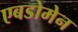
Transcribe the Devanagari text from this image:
एबडोमेन